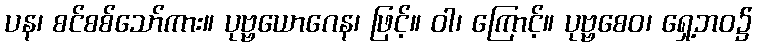
ပန၊ စင်စစ်သော်ကား။ ပုဗ္ဗယောဂေန၊ ဖြင့်။ ဝါ၊ ကြောင့်။ ပုဗ္ဗစေဝ၊ ရှေ့ဘဝ၌